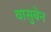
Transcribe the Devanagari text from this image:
वासुबेन